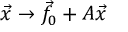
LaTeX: { \vec { x } } \to { \vec { f } } _ { 0 } + A { \vec { x } }